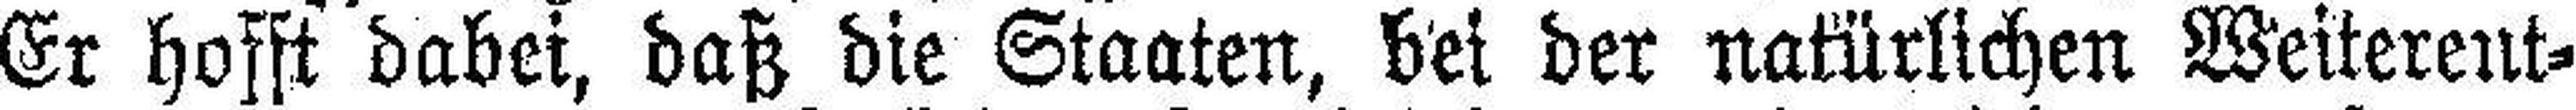
Er hofft dabei, daß die Staaten, bei der natürlichen Weiterent¬